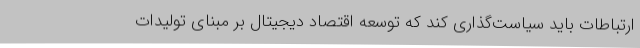
ارتباطات باید سیاست‌گذاری کند که توسعه اقتصاد دیجیتال بر مبنای تولیدات